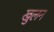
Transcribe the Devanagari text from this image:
खुलन